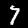
Digit: 7